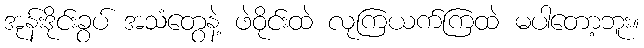
အုန်းဒိုင်းခွပ် အသံတွေနဲ့ ဖဲဝိုင်းထဲ လုကြယက်ကြထဲ မပါတော့ဘူး။